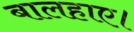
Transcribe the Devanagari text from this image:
बालहाए।